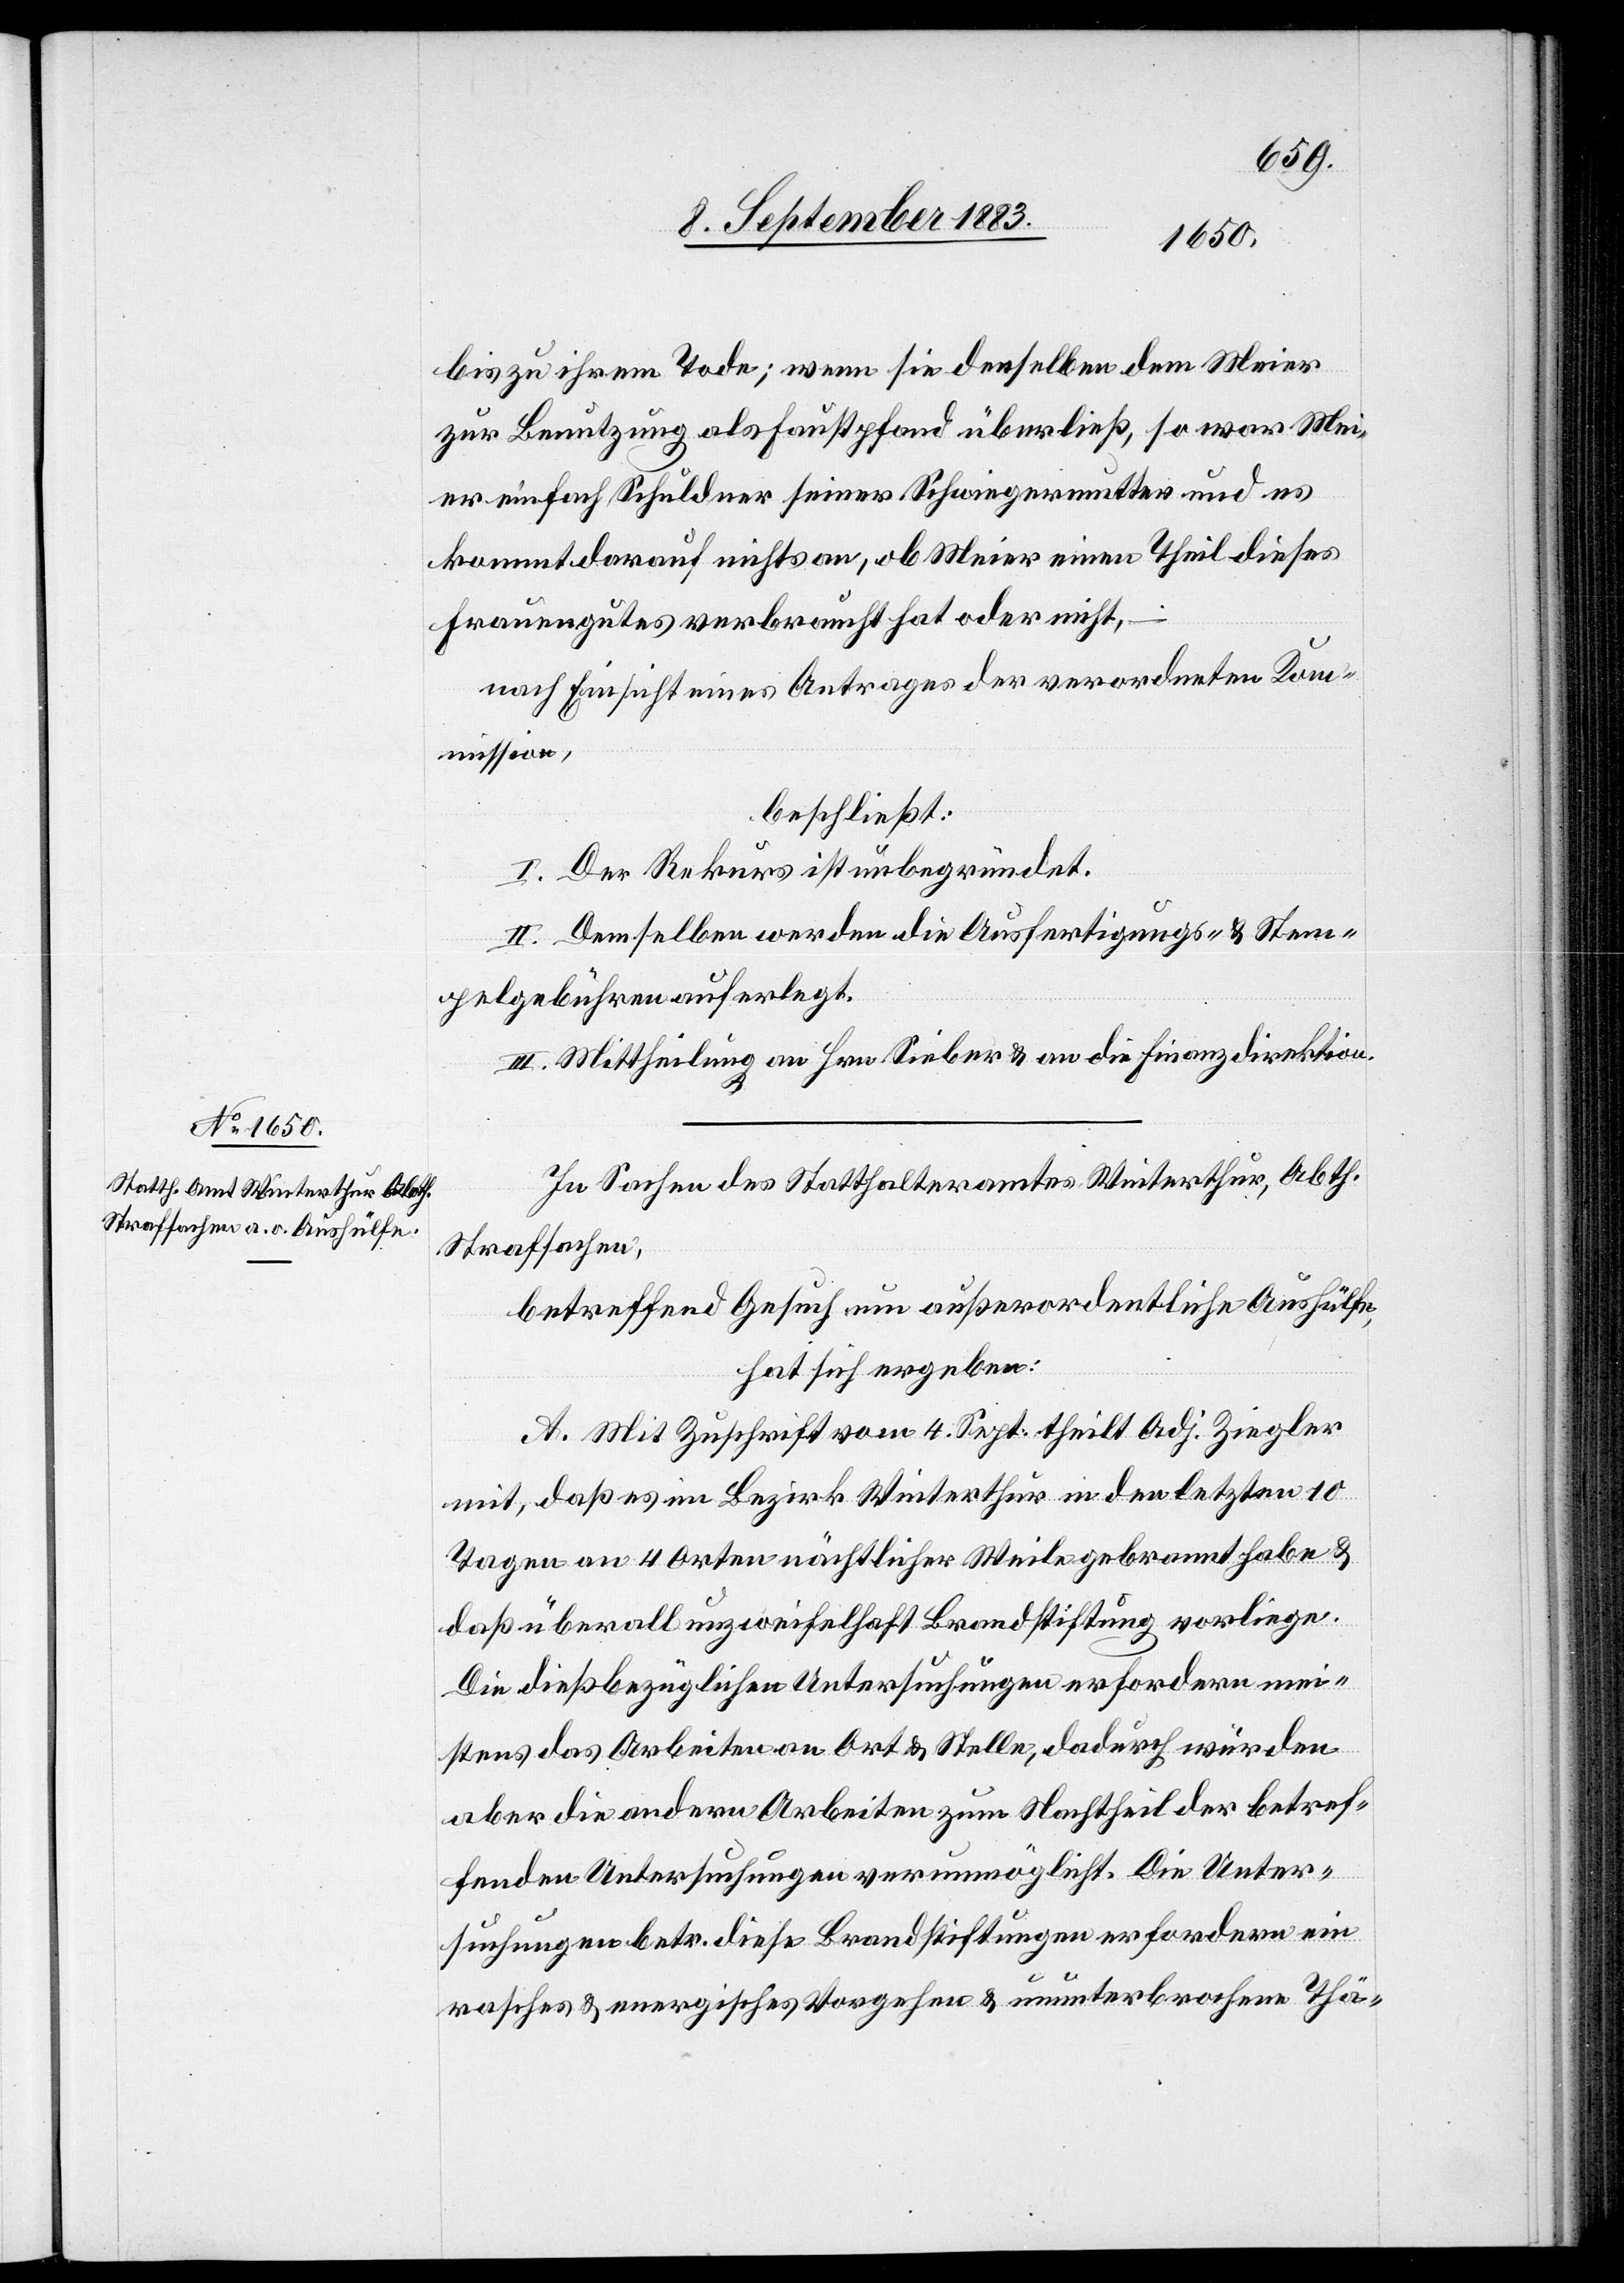
bis zu ihrem Tode; wenn sie denselben dem Meier
zu Benutzung als Faustpfand überließ, so war Mei¬
er einfach Schuldner seiner Schwiegermutter und es
kommt darauf nichts an, ob Meier einen Theil dieses
Frauengutes verbraucht hat oder nicht,
nach Einsicht eines Antrages der verordneten Kom¬
mission,
beschließt:
I. Der Rekurs ist unbegründet.
II. Demselben [sic!] werden die Ausfertigungs- & Stem¬
pelgebühren auferlegt.
III. Mittheilung an Hrn. Sieber & an die Finanzdirektion.
In Sachen des Statthalteramtes Winterthur, Abth.
Strafsachen,
betreffend Gesuch um außerordentliche Aushülfe,
hat sich ergeben:
A. Mit Zuschrift vom 4. Sept. theilt Adj. Ziegler
mit, daß es im Bezirk Winterthur in den letzten 10
Tagen an 4 Orten nächtlicher Weile gebrannt habe &
daß überall unzweifelhaft Brandstiftung vorliege.
Die dießbezüglichen Untersuchungen erfordern mei¬
stens das Arbeiten an Ort & Stelle, dadurch würden
aber die andern Arbeiten zum Nachtheil der betref¬
fenden Untersuchungen verunmöglicht. Die Unter¬
suchungen betr. diese Brandstiftungen erfordern ein
rasches & energisches Vorgehen & ununterbrochene Thä-